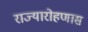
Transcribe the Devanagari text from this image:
राज्यारोहणास